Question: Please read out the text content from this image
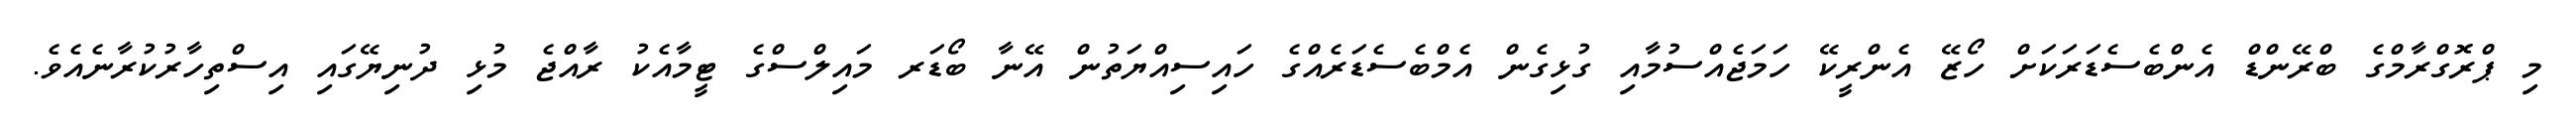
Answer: މި ޕްރޮގްރާމްގެ ބްރޭންޑް އެންބެސެޑަރަކަށް ހޯޒޭ އެންރީކޭ ހަމަޖެއްސުމާއި ގުޅިގެން އެމްބެސެޑަރެއްގެ ހައިސިއްޔަތުން އޭނާ ބޯޑަރ މައިލްސްގެ ޓީމާއެކު ރާއްޖެ މުޅި ދުނިޔޭގައި އިސްތިހާރުކުރާނެއެވެ.